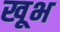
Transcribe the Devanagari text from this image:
खूभ